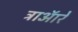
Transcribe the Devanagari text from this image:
ट्राऑरे